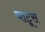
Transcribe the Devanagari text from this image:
चाटूस